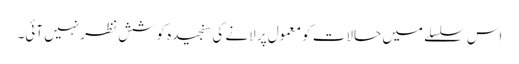
اس سلسلے میں حالات کو معمول پر لانے کی سنجیدہ کوشش نظر نہیں آئی۔